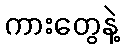
ကားတွေနဲ့